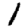
Digit: 1